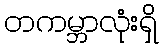
တကမ္ဘာလုံးရှိ